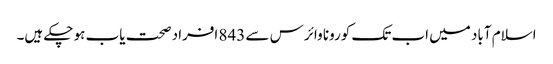
اسلام آباد میں اب تک کورونا وائرس سے 843 افراد صحت یاب ہو چکے ہیں۔